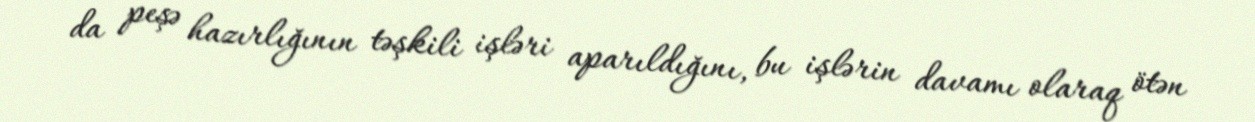
da peşə hazırlığının təşkili işləri aparıldığını, bu işlərin davamı olaraq ötən